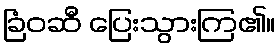
ခြံဝဆီ ပြေးသွားကြ၏။